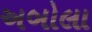
અબોલા